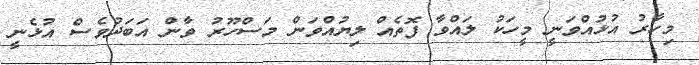
މިހާރު އުޅުއްވަނީ މީހަކު ލައްވާ ފޮތެއް ލިޔުއްވަން މަސްހޫރު ވާން އަބަދުވެސް އުޅެނީ